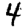
Digit: 4